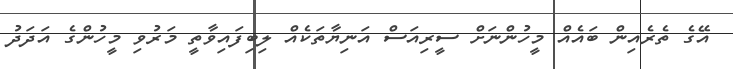
އޭގެ ތެރެއިން ބައެއް މީހުންނަށް ސީރިއަސް އަނިޔާތަކެއް ލިބިފައިވާތީ މަރުވި މީހުންގެ އަދަދު